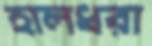
হালধরা